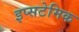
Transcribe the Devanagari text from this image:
इप्सटेमिक